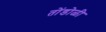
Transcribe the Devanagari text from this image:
तोंडोळी